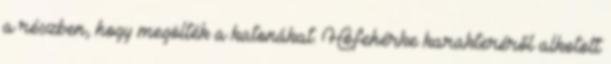
a részben, hogy megölték a katonákat. Hófehérke karakteréről alkotott